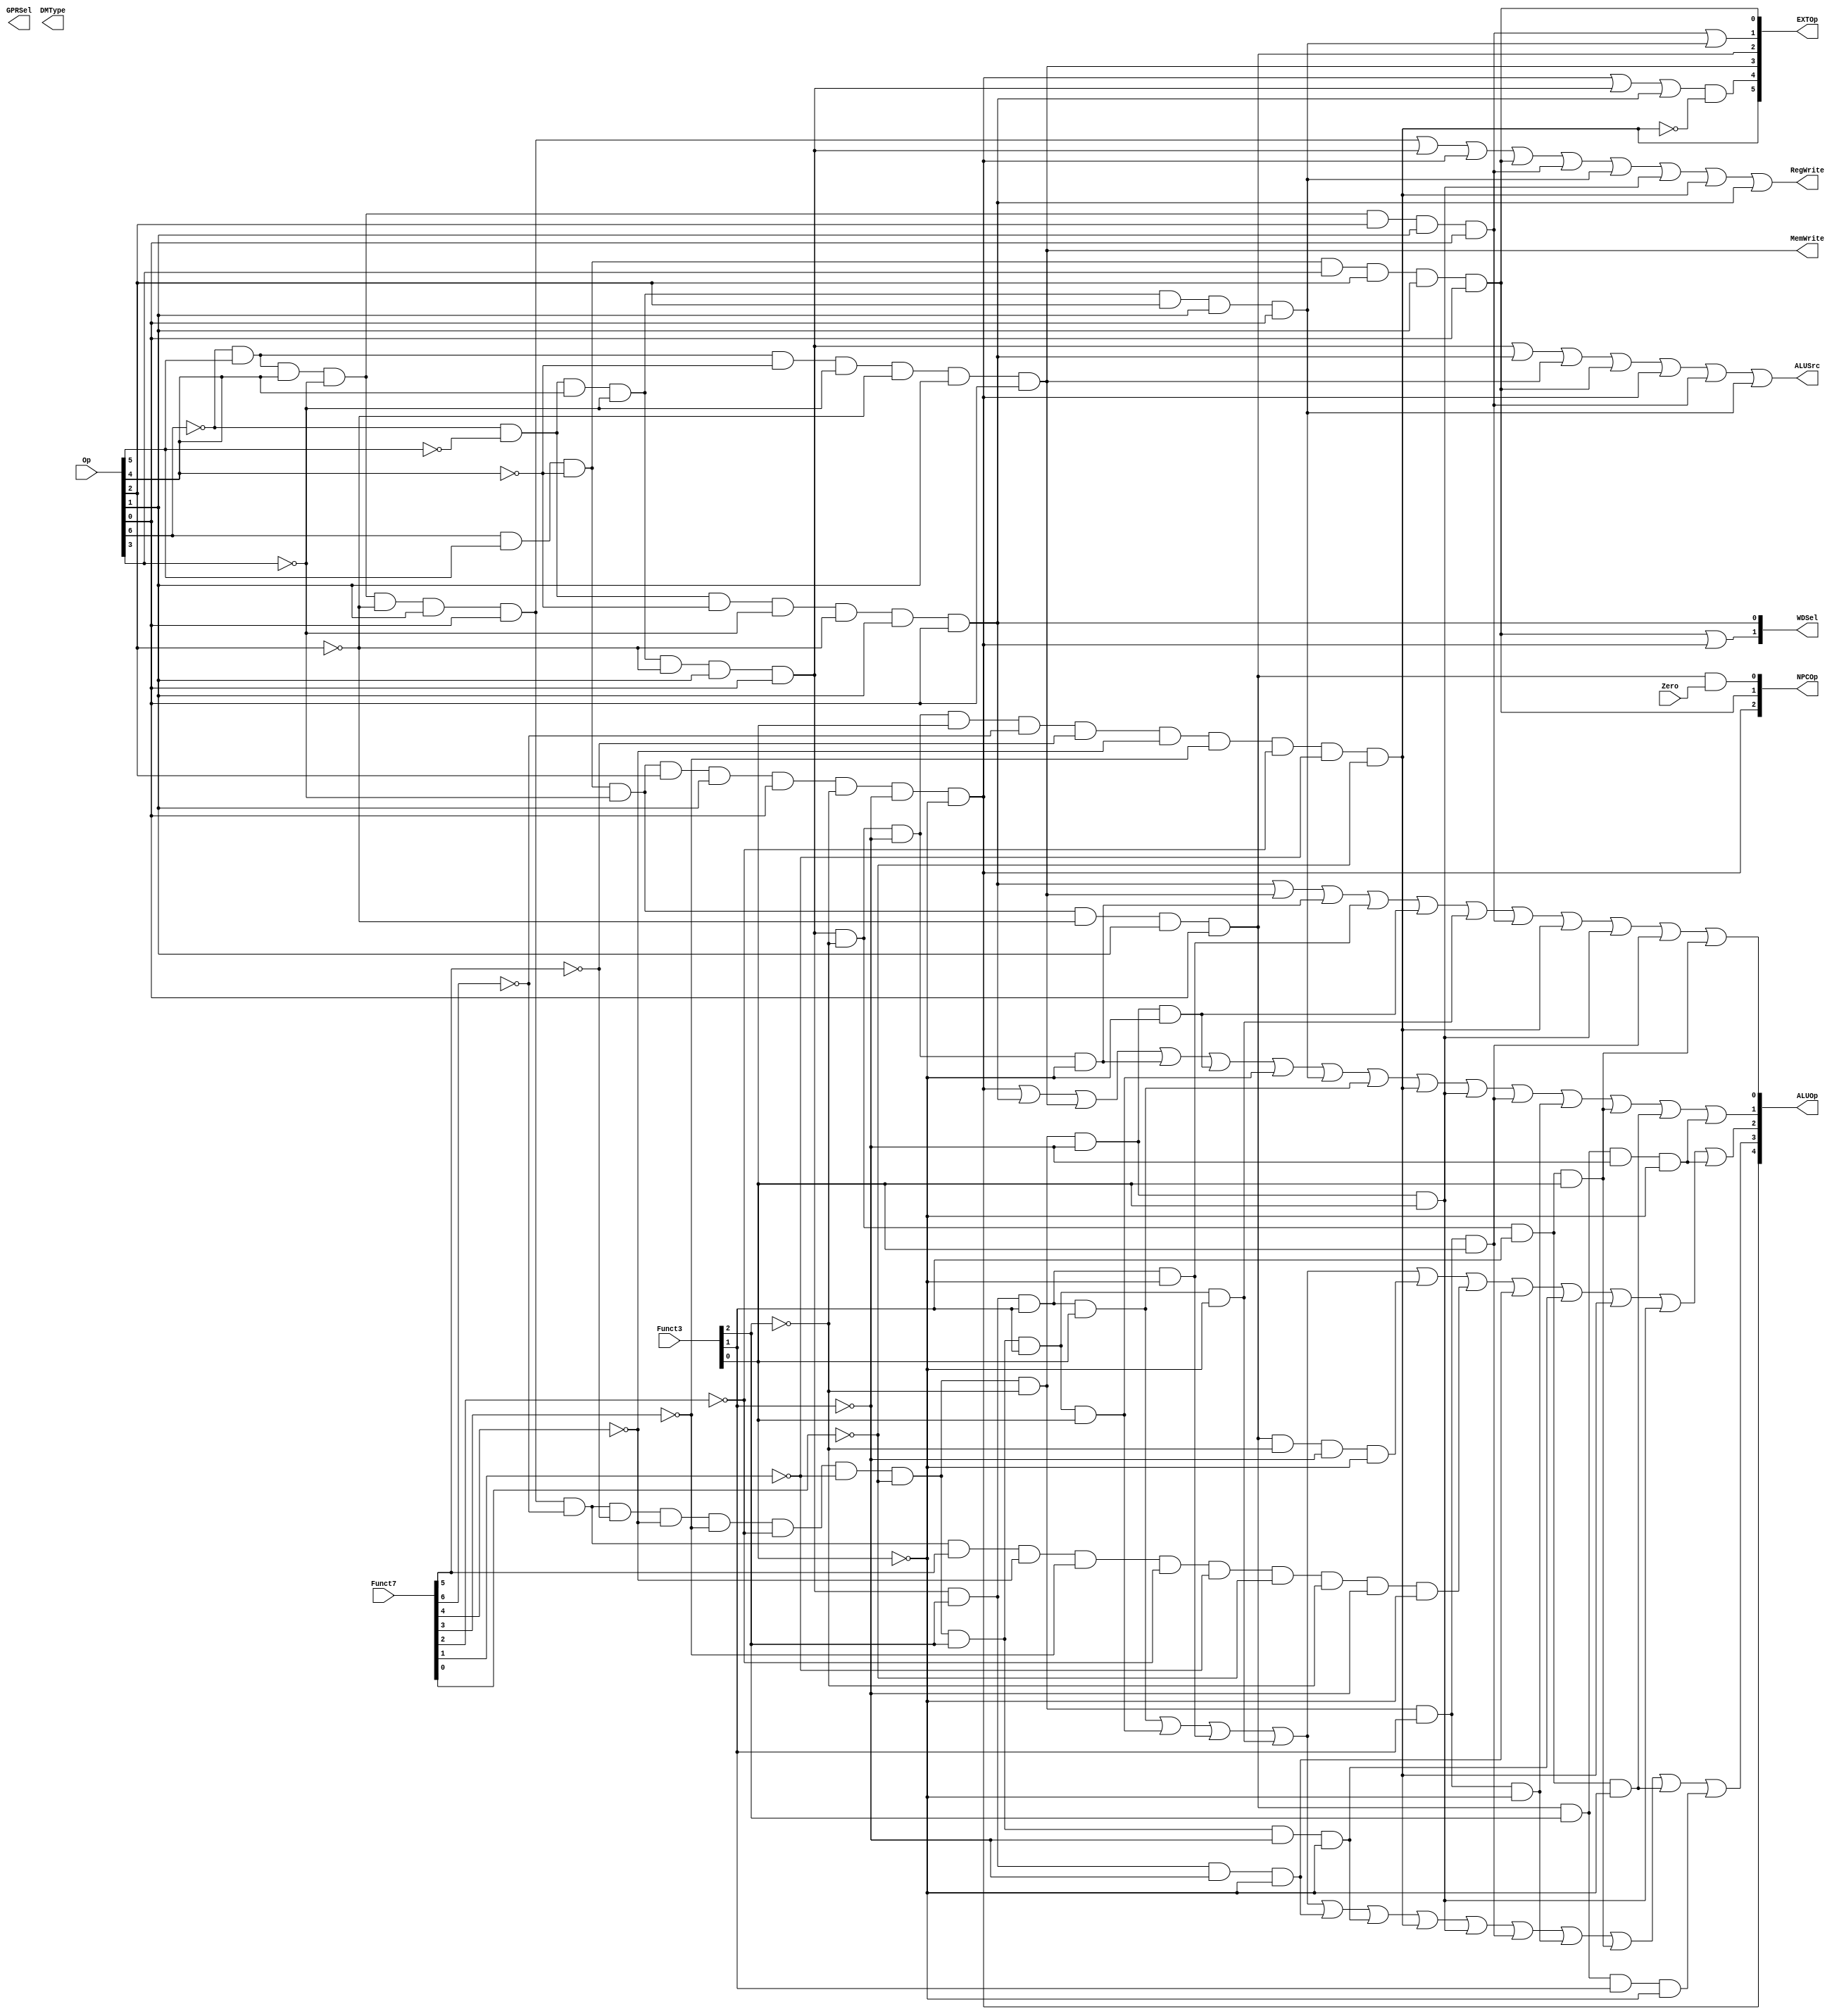
// `include "ctrl_encode_def.v"

//123
module ctrl(Op, Funct7, Funct3, Zero, 
            RegWrite, MemWrite,
            EXTOp, ALUOp, NPCOp, 
            ALUSrc, GPRSel, WDSel,DMType
            );
            
   input  [6:0] Op;       // opcode
   input  [6:0] Funct7;    // funct7
   input  [2:0] Funct3;    // funct3
   input        Zero;
   
   output       RegWrite; // control signal for register write
   output       MemWrite; // control signal for memory write
   output [5:0] EXTOp;    // control signal to signed extension
   output [4:0] ALUOp;    // ALU opertion
   output [2:0] NPCOp;    // next pc operation
   output       ALUSrc;   // ALU source for A
	 output [2:0] DMType;
   output [1:0] GPRSel;   // general purpose register selection
   output [1:0] WDSel;    // (register) write data selection
   

  // u format
  wire i_lui = ~Op[6]&Op[5]&Op[4]&~Op[3]&Op[2]&Op[1]&Op[0]; //opcode 0110111 
  wire i_auipc = ~Op[6]&~Op[5]&Op[4]&~Op[3]&Op[2]&Op[1]&Op[0]; // opcode 0010111

  // r format
    wire rtype  = ~Op[6]&Op[5]&Op[4]&~Op[3]&~Op[2]&Op[1]&Op[0]; //0110011
    wire i_add  = rtype& ~Funct7[6]&~Funct7[5]&~Funct7[4]&~Funct7[3]&~Funct7[2]&~Funct7[1]&~Funct7[0]&~Funct3[2]&~Funct3[1]&~Funct3[0]; // add 0000000 000
    wire i_sub  = rtype& ~Funct7[6]& Funct7[5]&~Funct7[4]&~Funct7[3]&~Funct7[2]&~Funct7[1]&~Funct7[0]&~Funct3[2]&~Funct3[1]&~Funct3[0]; // sub 0100000 000
    wire i_or   = rtype& ~Funct7[6]&~Funct7[5]&~Funct7[4]&~Funct7[3]&~Funct7[2]&~Funct7[1]&~Funct7[0]& Funct3[2]& Funct3[1]&~Funct3[0]; // or 0000000 110
    wire i_and  = rtype& ~Funct7[6]&~Funct7[5]&~Funct7[4]&~Funct7[3]&~Funct7[2]&~Funct7[1]&~Funct7[0]& Funct3[2]& Funct3[1]& Funct3[0]; // and 0000000 111
    wire i_xor = rtype & ~Funct7[6]&~Funct7[5]&~Funct7[4]&~Funct7[3]&~Funct7[2]&~Funct7[1]&~Funct7[0]& Funct3[2]& ~Funct3[1]& ~Funct3[0]; // xor 0000000 100
    wire i_sll = rtype & ~Funct7[6]&~Funct7[5]&~Funct7[4]&~Funct7[3]&~Funct7[2]&~Funct7[1]&~Funct7[0]& ~Funct3[2]& ~Funct3[1]& Funct3[0]; // sll 0000000 001

    wire i_slt = rtype & ~Funct7[6]&~Funct7[5]&~Funct7[4]&~Funct7[3]&~Funct7[2]&~Funct7[1]&~Funct7[0]& ~Funct3[2]& Funct3[1]& ~Funct3[0]; // slt 0000000 010
    wire i_sltu = rtype & ~Funct7[6]&~Funct7[5]&~Funct7[4]&~Funct7[3]&~Funct7[2]&~Funct7[1]&~Funct7[0]& ~Funct3[2]& Funct3[1]& Funct3[0]; // sltu 0000000 011

  // i format
    wire itype_l  = ~Op[6]&~Op[5]&~Op[4]&~Op[3]&~Op[2]&Op[1]&Op[0]; //0000011
    wire i_lw = itype_l& ~Funct3[2]& Funct3[1]& ~Funct3[0]; // lw 010

  // i format
    wire itype_r  = ~Op[6]&~Op[5]&Op[4]&~Op[3]&~Op[2]&Op[1]&Op[0]; //0010011
    wire i_addi  =  itype_r& ~Funct3[2]& ~Funct3[1]& ~Funct3[0]; // addi 000
    wire i_ori  =  itype_r& Funct3[2]& Funct3[1]&~Funct3[0]; // ori 110

    wire i_andi = itype_r& Funct3[2]& Funct3[1]& Funct3[0]; // andi 111
    wire i_xori = itype_r& Funct3[2]& ~Funct3[1]& ~Funct3[0]; //xori 100
    wire i_slli = itype_r& ~Funct3[2]& ~Funct3[1]& Funct3[0]& ~Funct7[6]&~Funct7[5]&~Funct7[4]&~Funct7[3]&~Funct7[2]&~Funct7[1]&~Funct7[0];  //slli 001 0000000(funct7)
	
   wire i_slti = itype_r& ~Funct3[2]& Funct3[1]& ~Funct3[0];  // slti 010
   wire i_sltiu = itype_r& ~Funct3[2]& Funct3[1]& Funct3[0]; // sltiu 011

  //jalr
	wire i_jalr = Op[6]&Op[5]&~Op[4]&~Op[3]&Op[2]&Op[1]&Op[0] & ~Funct3[2]& ~Funct3[1]& ~Funct3[0] ; //jalr 1100111 000

  // s format
   wire stype  = ~Op[6]&Op[5]&~Op[4]&~Op[3]&~Op[2]&Op[1]&Op[0];//0100011
   wire i_sw   =  stype& ~Funct3[2]& Funct3[1]&~Funct3[0]; // sw 010

  // sb format
   wire sbtype  = Op[6]&Op[5]&~Op[4]&~Op[3]&~Op[2]&Op[1]&Op[0];//1100011
   wire i_beq  = sbtype& ~Funct3[2]& ~Funct3[1]&~Funct3[0]; // beq 000
   wire i_blt = sbtype& Funct3[2]& ~Funct3[1]&~Funct3[0]; // blt 100
   wire i_bltu = sbtype& Funct3[2]& Funct3[1]&~Funct3[0]; // bltu 110
	
  // j format
   wire i_jal  = Op[6]& Op[5]&~Op[4]& Op[3]& Op[2]& Op[1]& Op[0];  // jal 1101111

  // generate control signals
  assign RegWrite   = rtype | itype_r | i_jalr | i_jal | i_lui | i_auipc | i_sll | i_slli | itype_l; // register write
  assign MemWrite   = stype;                           // memory write
  assign ALUSrc     = itype_r | itype_l | stype | i_jal | i_jalr | i_lui | i_auipc;   // ALU B is from instruction immediate

  // signed extension
  // EXT_CTRL_ITYPE_SHAMT 6'b100000
  // EXT_CTRL_ITYPE	      6'b010000
  // EXT_CTRL_STYPE	      6'b001000
  // EXT_CTRL_BTYPE	      6'b000100
  // EXT_CTRL_UTYPE	      6'b000010
  // EXT_CTRL_JTYPE	      6'b000001
  assign EXTOp[5]    = i_slli;
  assign EXTOp[4]    = (i_jalr | itype_r | itype_l) & (!i_slli);  // not slli instruction cuz its extop5
  assign EXTOp[3]    = stype; 
  assign EXTOp[2]    = sbtype; 
  assign EXTOp[1]    = i_lui | i_auipc;   
  assign EXTOp[0]    = i_jal;         
  
  // write data selection
  // WDSel_FromALU 2'b00
  // WDSel_FromMEM 2'b01
  // WDSel_FromPC  2'b10 
  assign WDSel[0] = itype_l;
  assign WDSel[1] = i_jal | i_jalr;

  // next pc source
  // NPC_PLUS4   3'b000
  // NPC_BRANCH  3'b001
  // NPC_JUMP    3'b010
  // NPC_JALR	   3'b100
  assign NPCOp[0] = sbtype & Zero;
  assign NPCOp[1] = i_jal;
	assign NPCOp[2] = i_jalr;


	assign ALUOp[0] = itype_l|stype|i_addi|i_ori|i_add|i_or|i_lui|i_slli|i_sll|i_sltu|i_sltiu;
	assign ALUOp[1] = i_jalr|itype_l|stype|i_addi|i_add|i_and|i_auipc|i_andi|i_slli|i_sll|i_sltu|i_slt|i_sltiu|i_slti|i_blt;
	assign ALUOp[2] = i_andi|i_and|i_ori|i_or|i_beq|i_sub|i_xori|i_xor|i_slli|i_sll|i_blt;
	assign ALUOp[3] = i_andi|i_and|i_ori|i_or|i_xori|i_xor|i_slli|i_sll|i_sltu|i_slt|i_sltiu|i_slti|i_bltu;
	assign ALUOp[4] = i_jalr;

endmodule